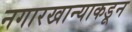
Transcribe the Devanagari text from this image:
नगारखान्याकडून